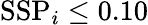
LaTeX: \mathrm{SSP}_{i}\le 0.10